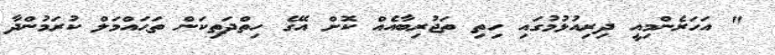
" އަހަރެންމިއީ ދިރިއުޅުމުގައި ހިތި ތަޖުރިބާއެއް ކޮށް އޭގެ ހިތްދަތިކަން ތަޙައްމަލް ކުރަމުންދާ